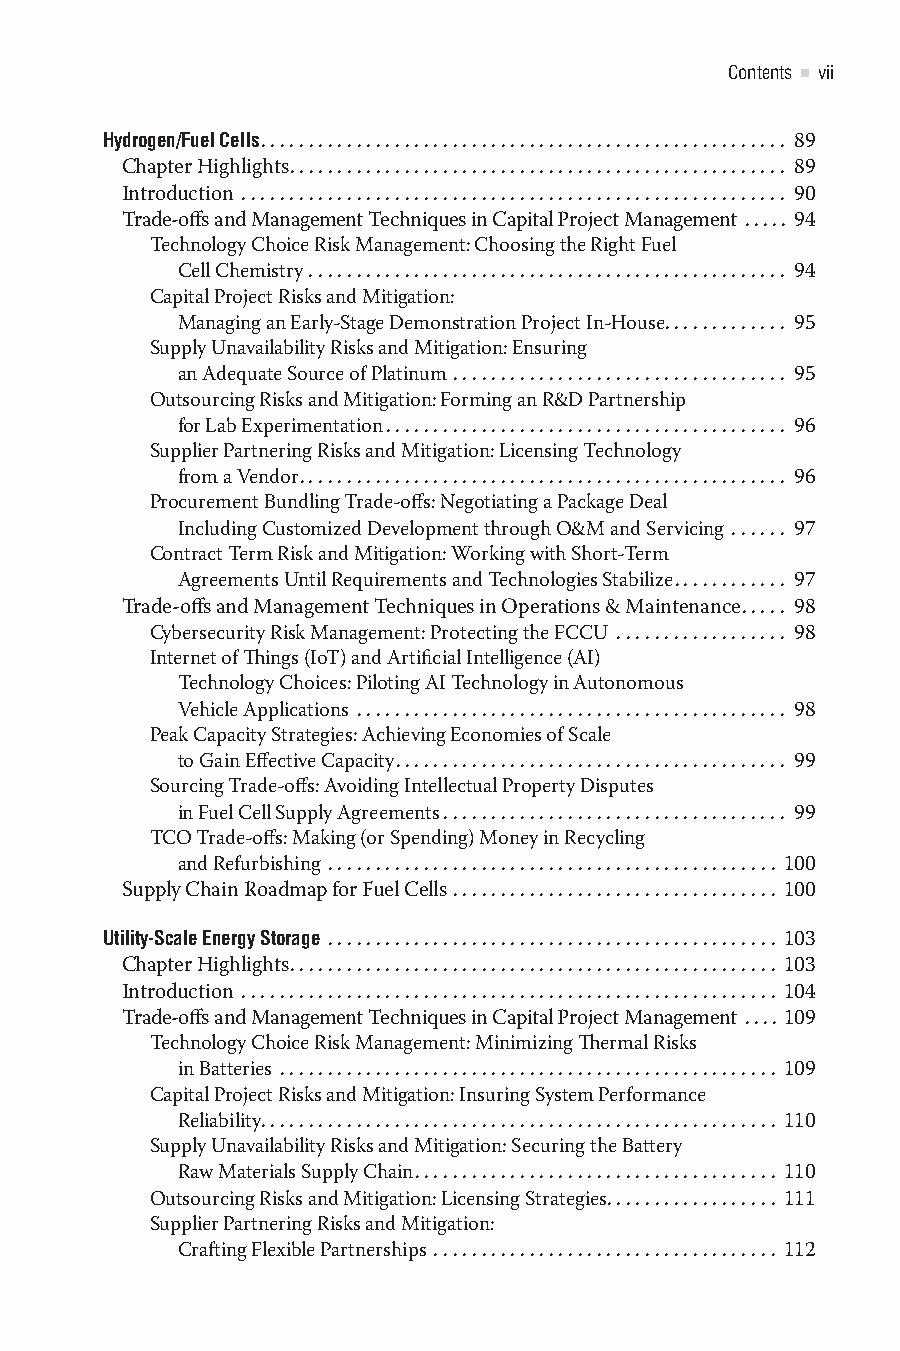
Contents vii
 Hydrogen/Fuel Cells....................................................... 89
 Chapter Highlights.................................................... 89
 Introduction ......................................................... 90
 Trade-offs and Management Techniques in Capital Project Management ..... 94
 Technology Choice Risk Management: Choosing the Right Fuel
 Cell Chemistry .................................................. 94
 Capital Project Risks and Mitigation:
 Managing an Early-Stage Demonstration Project In-House............. 95
 Supply Unavailability Risks and Mitigation: Ensuring
 an Adequate Source of Platinum ................................... 95
 Outsourcing Risks and Mitigation: Forming an R&D Partnership
 for Lab Experimentation.......................................... 96
 Supplier Partnering Risks and Mitigation: Licensing Technology
 from a Vendor................................................... 96
 Procurement Bundling Trade-offs: Negotiating a Package Deal
 Including Customized Development through O&M and Servicing ...... 97
 Contract Term Risk and Mitigation: Working with Short-Term
 Agreements Until Requirements and Technologies Stabilize............ 97
 Trade-offs and Management Techniques in Operations & Maintenance..... 98
 Cybersecurity Risk Management: Protecting the FCCU .................. 98
 Internet of Things (IoT) and Artificial Intelligence (AI)
 Technology Choices: Piloting AI Technology in Autonomous
 Vehicle Applications ............................................. 98
 Peak Capacity Strategies: Achieving Economies of Scale
 to Gain Effective Capacity......................................... 99
 Sourcing Trade-offs: Avoiding Intellectual Property Disputes
 in Fuel Cell Supply Agreements . . . . . . . . . . . . . . . . . . . . . . . . . . . . . . . . . . . . 99
 TCO Trade-offs: Making (or Spending) Money in Recycling
 and Refurbishing ............................................... 100
 Supply Chain Roadmap for Fuel Cells .................................. 100
 Utility-Scale Energy Storage ............................................... 103
 Chapter Highlights................................................... 103
 Introduction ........................................................ 104
 Trade-offs and Management Techniques in Capital Project Management .... 109
 Technology Choice Risk Management: Minimizing Thermal Risks
 in Batteries .................................................... 109
 Capital Project Risks and Mitigation: Insuring System Performance
 Reliability...................................................... 110
 Supply Unavailability Risks and Mitigation: Securing the Battery
 Raw Materials Supply Chain...................................... 110
 Outsourcing Risks and Mitigation: Licensing Strategies.................. 111
 Supplier Partnering Risks and Mitigation:
 Crafting Flexible Partnerships .................................... 112
 365522YQS_ENERGY_CC2019_pc.indd 7                 09/08/2021 09:52:33